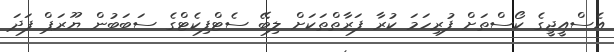
އެސްއީޖީގެ ކޯސްތަށް ފުރިހަމަ ކުރާ ފަރާތްތަކަށް ލިބޭ ސެޓްފިކެޓްގެ ސަބަބުން ޔޫރަޕް ފަދަ